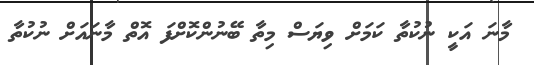
މާނަ އަކީ ނުކުތާ ކަމަށް ވިޔަސް މިތާ ބޭނުންކޮށްފަ އޮތް މާނައަށް ނުކުތާ